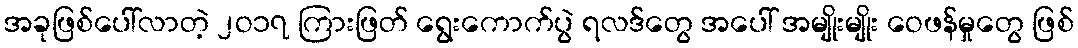
အခုဖြစ်ပေါ်လာတဲ့ ၂ဝ၁၇ ကြားဖြတ် ရွေးကောက်ပွဲ ရလဒ်တွေ အပေါ် အမျိုးမျိုး ဝေဖန်မှုတွေ ဖြစ်